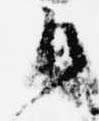
御